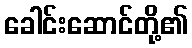
ခေါင်းဆောင်တို့၏